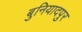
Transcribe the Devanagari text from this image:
बुनियादपुर